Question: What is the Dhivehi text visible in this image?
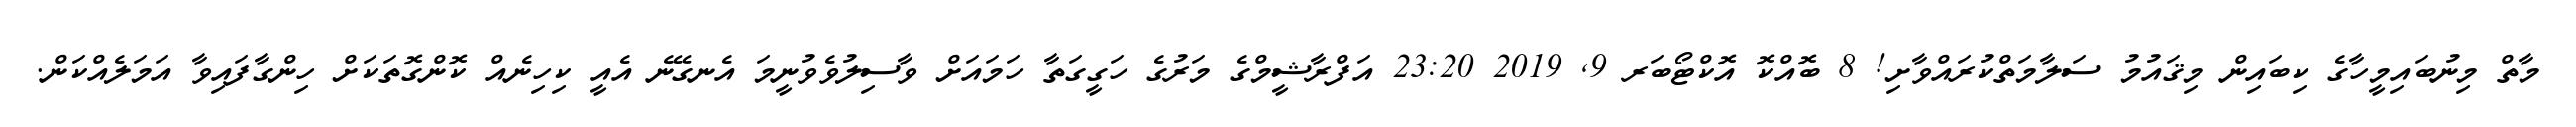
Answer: މާތް މިނުބައިމީހާގެ ކިބައިން މިޤައުމު ސަލާމަތްކުރައްވާށި! 8 ބޮއްކޮ އޮކްޓޯބަރ 9, 2019 23:20 އަފްރާޝީމްގެ މަރުގެ ހަގީގަތާ ހަމައަށް ވާސިލުވެވުނީމަ އެނގޭނެ އެއީ ކިހިނެއް ކޮންގޮތަކަށް ހިންގާފައިވާ އަމަލެއްކަން.